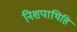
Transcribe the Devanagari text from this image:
निशपाथिहि